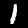
Digit: 1